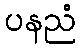
ပနညံ